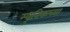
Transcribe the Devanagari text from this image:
म्युनिकच्या